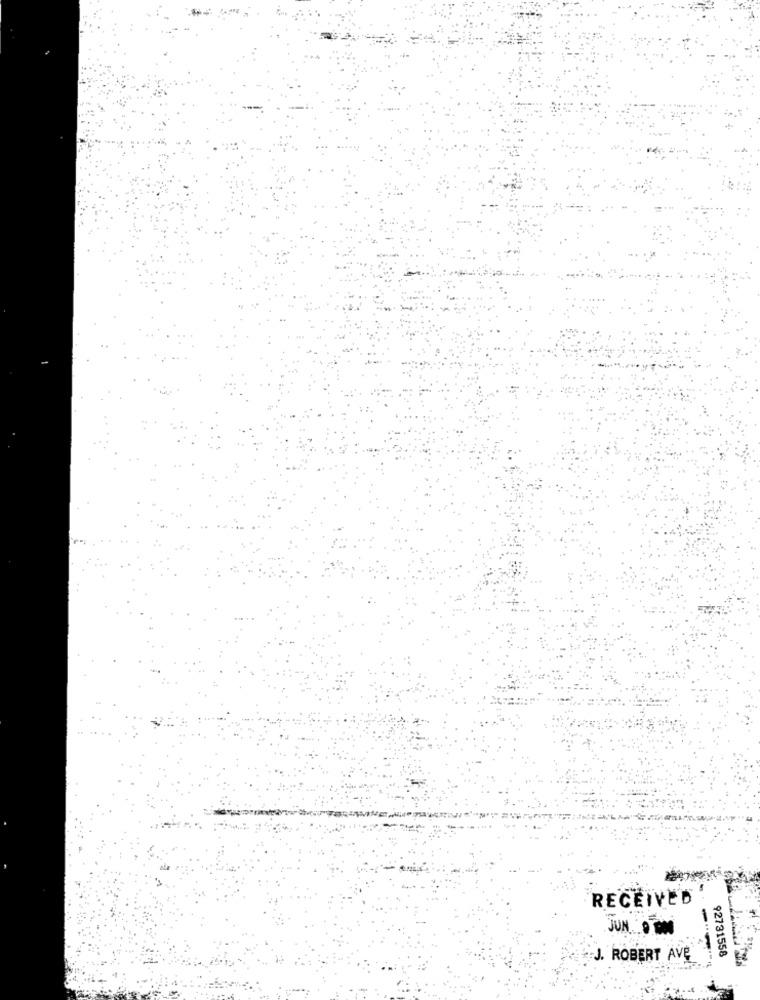
RECEIVED
JUNO OM
J. ROBERT AVE
92731558